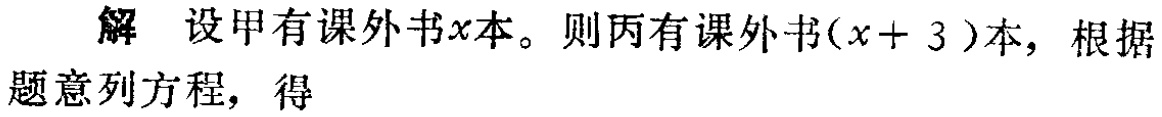
解 设甲有课外书\(x\)本。则丙有课外书\((x + 3)\)本，根据题意列方程，得